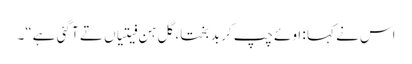
اس نے کہا : اوئے چپ کر بد بختا، گل ہن فیتیاں تے آ گئی ہے“۔